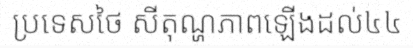
ប្រទេសថៃ សីតុណ្ហភាពឡើងដល់៤៤